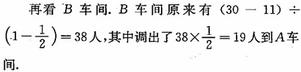
再看$B$车间. $B$车间原来有$(30 - 11)\div(1-\frac{1}{2}) = 38$人，其中调出了$38\times\frac{1}{2}=19$人到$A$车间.